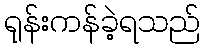
ရုန်းကန်ခဲ့ရသည်